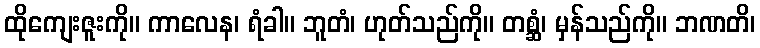
ထိုကျေးဇူးကို။ ကာလေန၊ ရံခါ။ ဘူတံ၊ ဟုတ်သည်ကို။ တစ္ဆံ၊ မှန်သည်ကို။ ဘဏတိ၊